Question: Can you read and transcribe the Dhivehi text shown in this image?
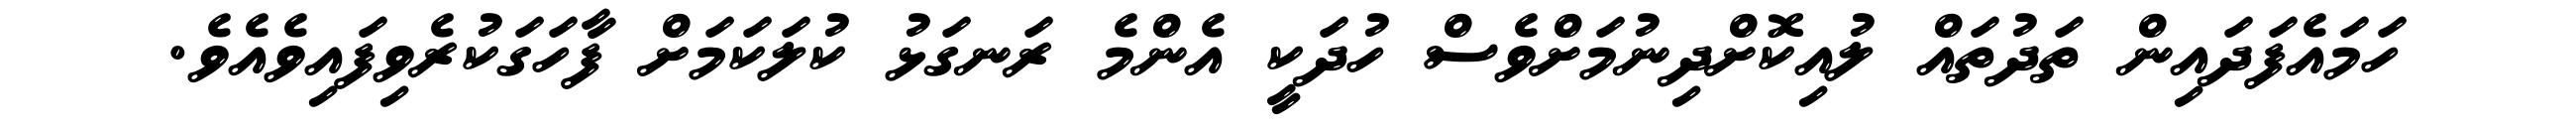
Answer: ހަމައެފަދައިން ތަދުތައް ލުއިކޮށްދިނުމަށްވެސް ހުދަކީ އެންމެ ރަނގަޅު ކުލަކަމަށް ފާހަގަކުރެވިފައިވެއެވެ.